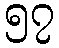
၅၇